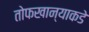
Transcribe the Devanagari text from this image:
तोफखान्याकडे